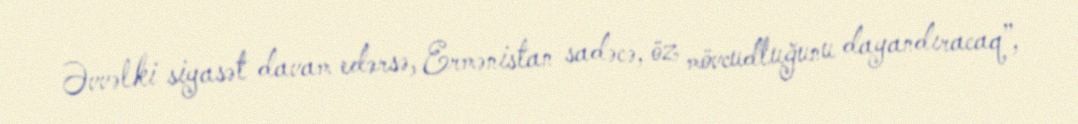
Əvvəlki siyasət davam edərsə, Ermənistan sadəcə, öz mövcudluğunu dayandıracaq”,